Materia medica of Madras volume I
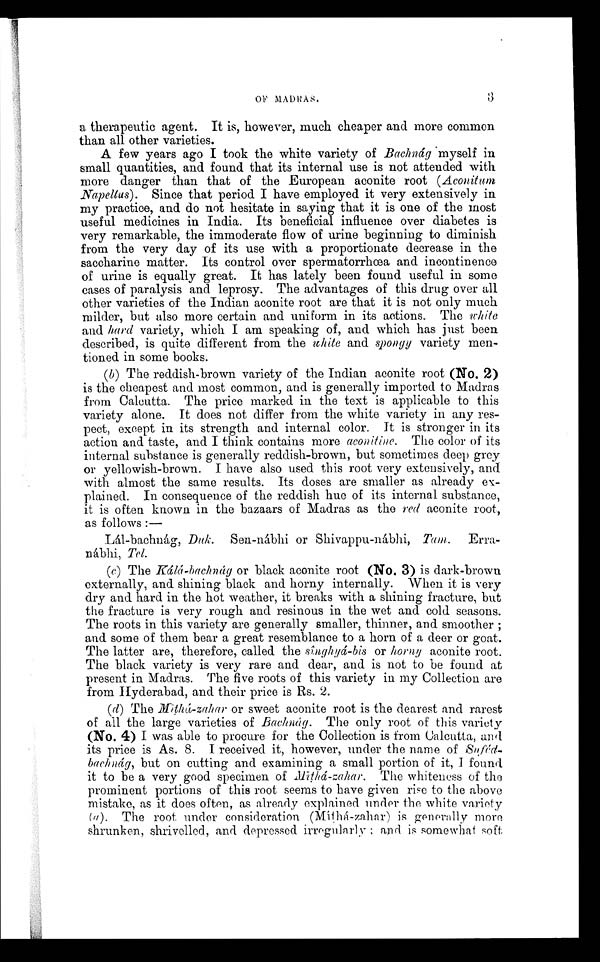
OF MADRAS.3
a therapeutic agent. It is, however, much cheaper and more common
than all other varieties.
A few years ago I took the white variety of Bachnádg myselfi n
small quantities, and found that its internal use is not attended with
more danger than that of the European aconite root (Aconitum
Napellus). Since that period I have employed it very extensively in
my practice, and do not hesitate in saying that it is one of the most
useful medicines in India. Its beneficial influence over diabetes is
very remarkable, the immoderate flow of urine beginning to diminish
from the very day of its use with a proportionate decrease in the
saccharine matter. Its control over spermatorrhœa and incontinence
of urine is equally great. It has lately been found useful in some
cases of paralysis and leprosy. The advantages of this drug over all
other varieties of the Indian aconite root are that it is not only much
milder, but also more certain and uniform in its actions. The white
and hard variety, which I am speaking of, and which has just been
described, is quite different from the white and spongy variety men-
tioned in some books.
(b) The reddish-brown variety of the Indian aconite root (No. 2)
is the cheapest and most common, and is generally imported to Madras
from Calcutta. The price marked in the text is applicable to this
variety alone. It does not differ from the white variety in any res-
pect, except in its strength and internal color. It is stronger in its
action and taste, and I think contains more aconitine. The color of its
internal substance is generally reddish-brown, but sometimes deep grey
or yellowish-brown. I have also used this root very extensively, and
with almost the same results. Its doses are smaller as already ex--
plained. In consequence of the reddish hue of its internal substance,
it is often known in the bazaars of Madras as the red aconite root,
as follows :—
Lál-bachuág, Duk. Sen-nábhi or Shivappu-máblii, Tam. Erra-
nábhi, Tel.
(c) The Kálá- bachnág or black aconite root (No. 3) is dark-brown
externally, and shining black and horny internally. When it is very
dry and hard in the hot weather, it breaks with a shining fracture, but
the fracture is very rough and resinous in the wet and cold seasons.
The roots in this variety are generally smaller, thinner, and smoother ;
and some of them bear a great resemblance to a horn of a deer or goat.
The latter are, therefore, called the sînghyá-bis or horny aconite root.
The black variety is very rare and dear, and is not to be found at
present in Madras. The five roots of this variety in my Collection are
from Hyderabad, and their price is Rs. 2.
(d) The .Mīthá-zahar or sweet aconite root is the dearest and rarest
of all the large varieties of Bachnág. The only root of this variety
(No. 4) I was able to procure for the Collection is from Calcutta, and
its price is As. 8. I received it, however, under the name of Suféd-
bachmág, but on cutting and examining a small portion of it, I found
it to be a very good specimen of Mī t h á - z a h a r .
T h e w h i t e n e s s o f t h e
prominent portions of this root seems to have given rise to the above
mistake, as it does often, as already explained under the white variety
(a). The root, under consideration (Míthá-zahar) is generally more
shrunken, shrivelled, and depressed irregularly ;a n d
i s
s o m e w h a t s o f t